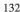
132